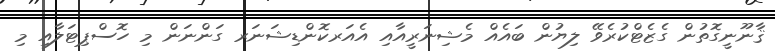
ޤާނޫނީގޮތުން ގެޒެޓްކުރެވޭ ލިޔުން ބައެއް މެޝިނަރީއާއި އެއަރކޮންޑިޝަނަރ ގަންނަން މި ހޮސްޕިޓަލާއި މި